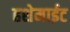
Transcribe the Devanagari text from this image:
हशेमाईट